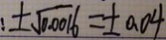
: \pm \sqrt { 0 . 0 0 1 6 } = \pm 0 . 0 4